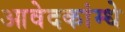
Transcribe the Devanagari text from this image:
आवेदकांम्धे